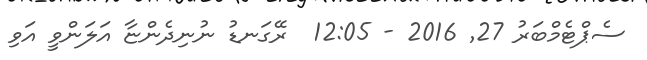
ސެޕްޓެމްބަރު 27